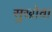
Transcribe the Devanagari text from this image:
सुखोवा